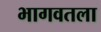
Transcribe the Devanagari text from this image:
भागवतला